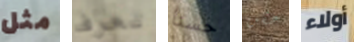
مثل تعرف حسنا حقن أولاء